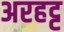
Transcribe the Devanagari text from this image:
अरहट्ट